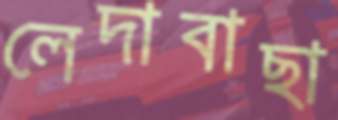
লেদাবাছা